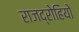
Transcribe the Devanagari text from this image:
राजद्रोहियो